Eesti_Ajutise_Maavalitsuse_haridusosakond, lk 53
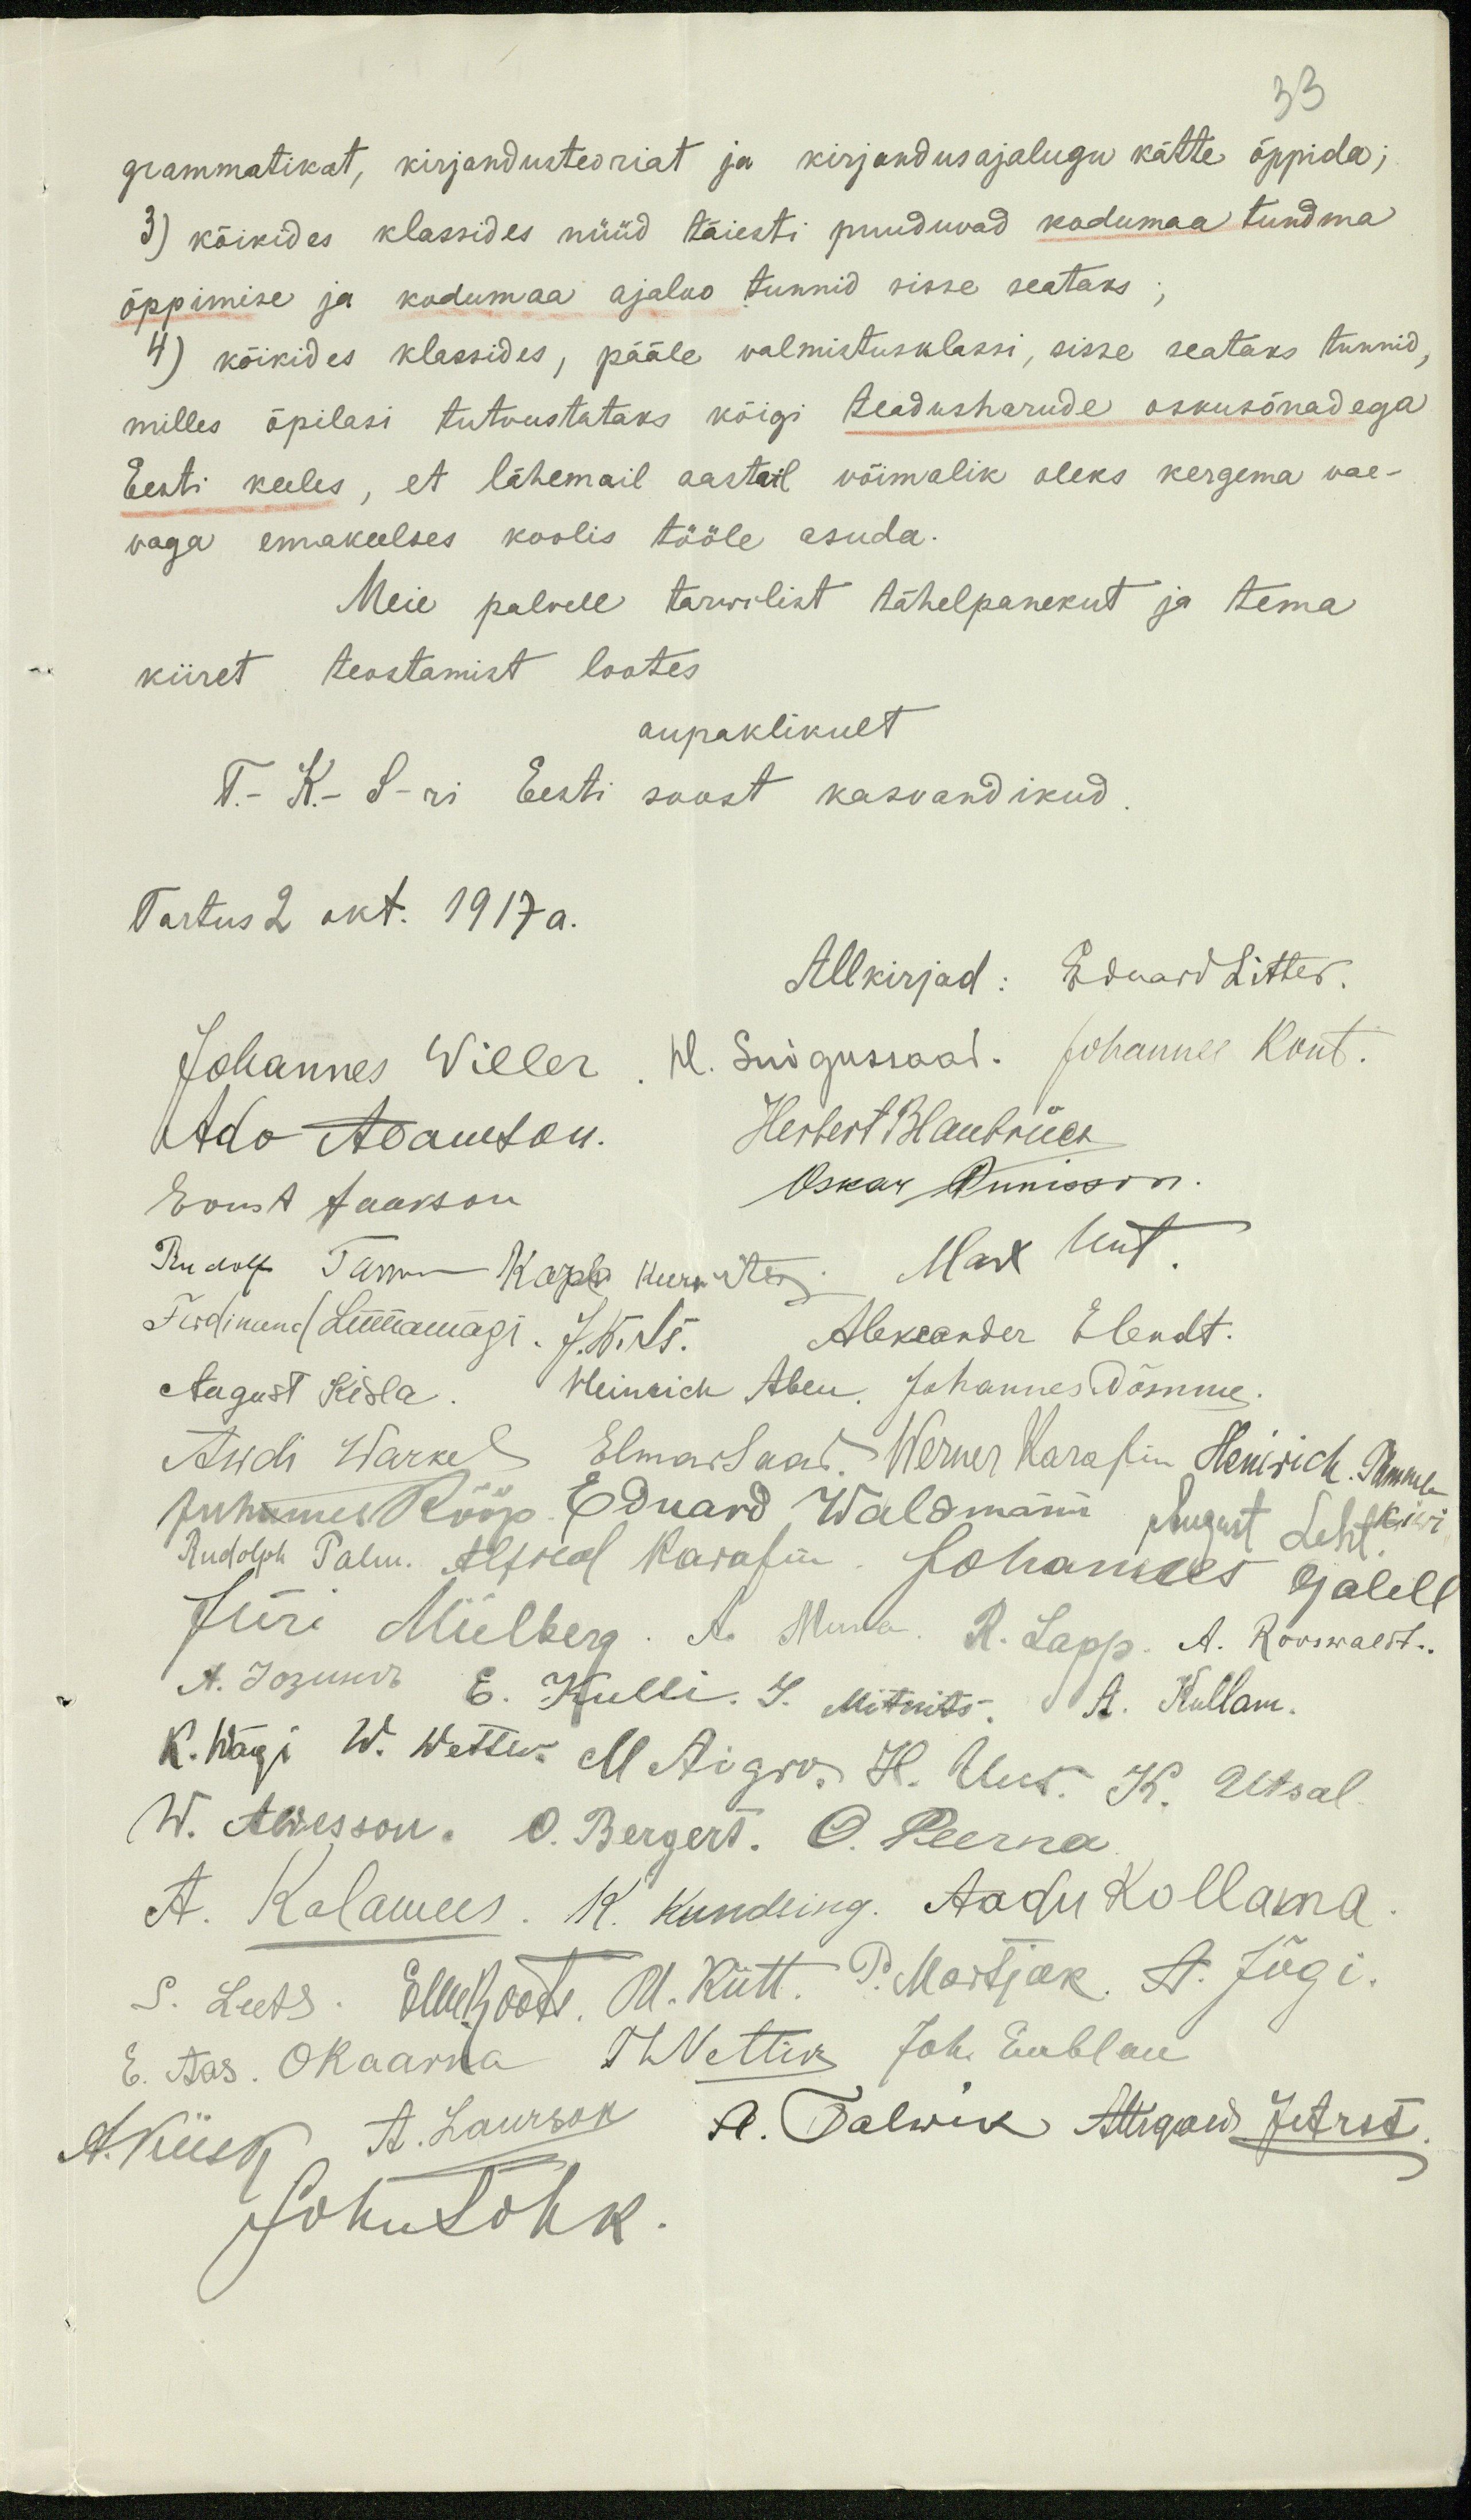
33
grammatikat, kirjandusteoriat ja kirjandusajalugu kätte õppida;
3) kõikides klassides nüüd täiesti puuduvad kodumaa tundma
õppimise ja kodumaa ajaloo tunnid sisse seataks;
4) kõikides klassides, pääle valmistusklassi, sisse seataks tunnid,
milles õpilasi tutvustataks kõigi teadusharude oskusõnadega
Eesti keeles, et lähemail aastail võimalik oleks kergema vae-
vaga emakeelses koolis tööle asuda.
Meie palvele tarwilist tähelepanekut ja tema
kiiret teostamist lootes.
aupaklikult
T.- K.- S-ri Eesti soost kasvandikud
Tartus 2 okt. 1917 a.
Allkirjad: Eduard Litter.
Johannes Willer. H. Suigussaar. Johannes Kont.
Ado Adamson.
Herbert Blaubriüer
Ernst Jaakson
Oskar Annisson
Rudolf Tamm. Karla Kurwitz
Max Unt
Ferdinand Linnamägi J. Kõrts Aleksander Elendt.
August Kisla
Heinrich Abel. Johannes Nõmme
Awdi Warkel Elmar Saar Werner Karafin Heinrich. Tammel
Juhannes Rööp Eduard Waldmann August Leht Kiwi
Rudolf Palm. Alfred Karafin. Johannes Ojalill
Jüri Miilberg A. Muna R. Lapp. A. Rooswaldt.
A. Joguur E. Kulli I. Mitmits,  A. Kullam.
K. Wägi W. Wetter M. Aigro. H. Uus. K. Utsal.
W. Awesson. O. Bergert. O. Peerna
A. Kalamees. K. Kundling. Aadu Kollama
S. Leets. Elle Roots. M. Kütt. P. Martjak A. Jõgi.
E. Aas. OKaarna ThNettiw Joh. Emblau
A. Kiisk, A. Laurson A. Talwik Aligaw Jutret.
JohuLohk.